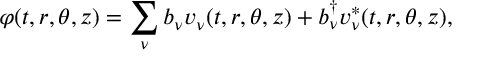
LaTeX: \varphi ( t , r , \theta , z ) = \sum _ { \nu } b _ { \nu } v _ { \nu } ( t , r , \theta , z ) + b _ { \nu } ^ { \dag } v _ { \nu } ^ { * } ( t , r , \theta , z ) ,